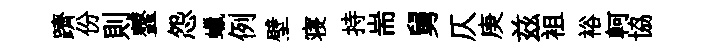
躋份則虀怨蠟例壁寝持耑舅仄庚兹袓裕軻協